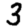
Digit: 3